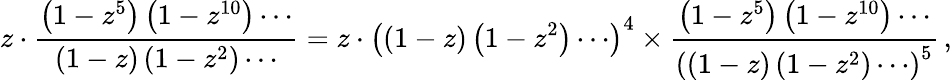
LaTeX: z\cdot{\frac{\left(1-z^{5}\right)\left(1-z^{10}\right)\cdots}{\left(1-z\right)\left(1-z^{2}\right)\cdots}}=z\cdot\left((1-z)\left(1-z^{2}\right)\cdots\right)^{4}\times{\frac{\left(1-z^{5}\right)\left(1-z^{10}\right)\cdots}{\left(\left(1-z\right)\left(1-z^{2}\right)\cdots\right)^{5}}}\, ,